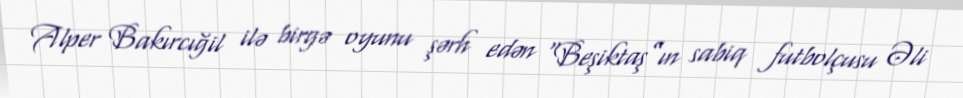
Alper Bakırcığil ilə birgə oyunu şərh edən “Beşiktaş”ın sabiq futbolçusu Əli